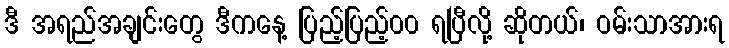
ဒီ အရည်အချင်းတွေ ဒီကနေ့ ပြည့်ပြည့်၀၀ ရပြီလို့ ဆိုတယ်၊ ဝမ်းသာအားရ